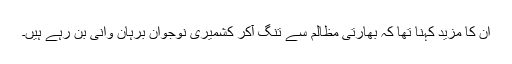
ان کا مزید کہنا تھا کہ بھارتی مظالم سے تنگ آکر کشمیری نوجوان برہان وانی بن رہے ہیں۔